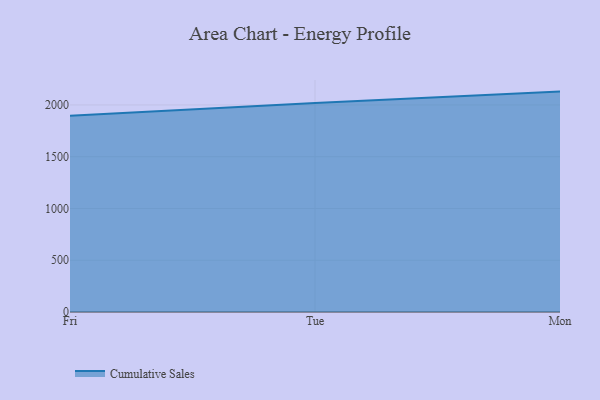
{"axis": {"x": "Day", "y": "Gross Profit (USD K)"}, "legend": ["Cumulative Sales"], "data": [{"x": "Fri", "y": 1895.4, "type": "Cumulative Sales"}, {"x": "Tue", "y": 2019.6, "type": "Cumulative Sales"}, {"x": "Mon", "y": 2128.9, "type": "Cumulative Sales"}]}